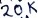
Text: 20K